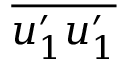
\overline { { u _ { 1 } ^ { \prime } u _ { 1 } ^ { \prime } } }